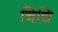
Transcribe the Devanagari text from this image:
चिद्यि